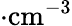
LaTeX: \cdot\textrm{cm}^{-3}